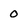
Character: 0